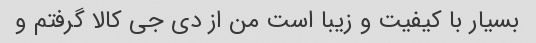
بسیار با کیفیت و زیبا است من از دی جی کالا گرفتم و